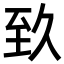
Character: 𦤷